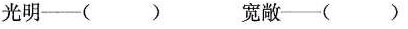
光明——() 宽敞——()